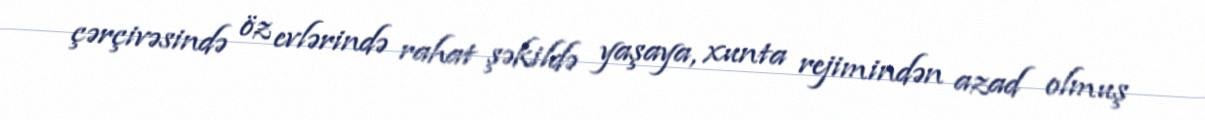
çərçivəsində öz evlərində rahat şəkildə yaşaya, xunta rejimindən azad olmuş